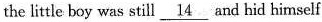
the little boy was still \underline{14} and hid himself